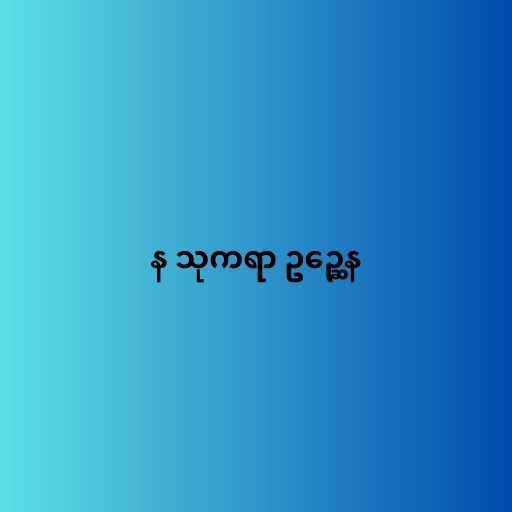
န သုကရာ ဥဉ္ဆေန